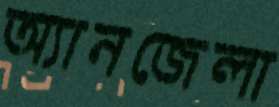
অ্যানজেলা